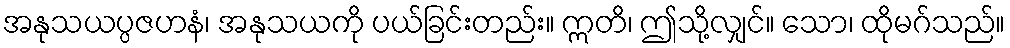
အနုသယပ္ပဇဟနံ၊ အနုသယကို ပယ်ခြင်းတည်း။ ဣတိ၊ ဤသို့လျှင်။ သော၊ ထိုမဂ်သည်။